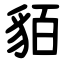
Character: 貊